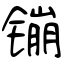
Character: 镚